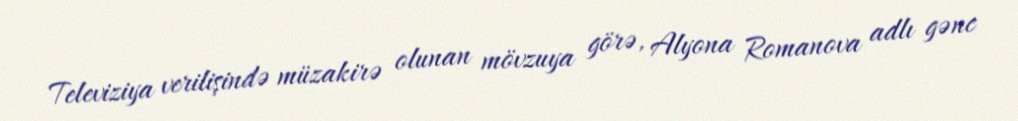
Televiziya verilişində müzakirə olunan mövzuya görə, Alyona Romanova adlı gənc